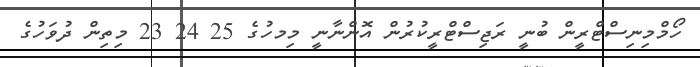
ހޯމްމިނިސްޓްރީން ބުނީ ރަޖިސްޓްރީކުރުން އޮންނާނީ މިމހުގެ 25 24 23 މިތިން ދުވަހުގެ